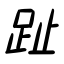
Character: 趾